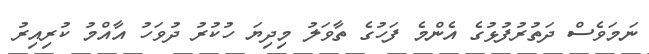
ނަމަވެސް ދަތުރުފުޅުގެ އެންމެ ފަހުގެ ތާވަލު މިދިޔަ ހުކުރު ދުވަހު އާއްމު ކުރިއިރު